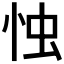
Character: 𢘷